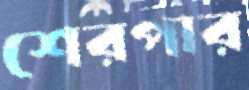
শেরপার